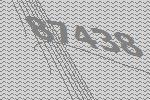
87438